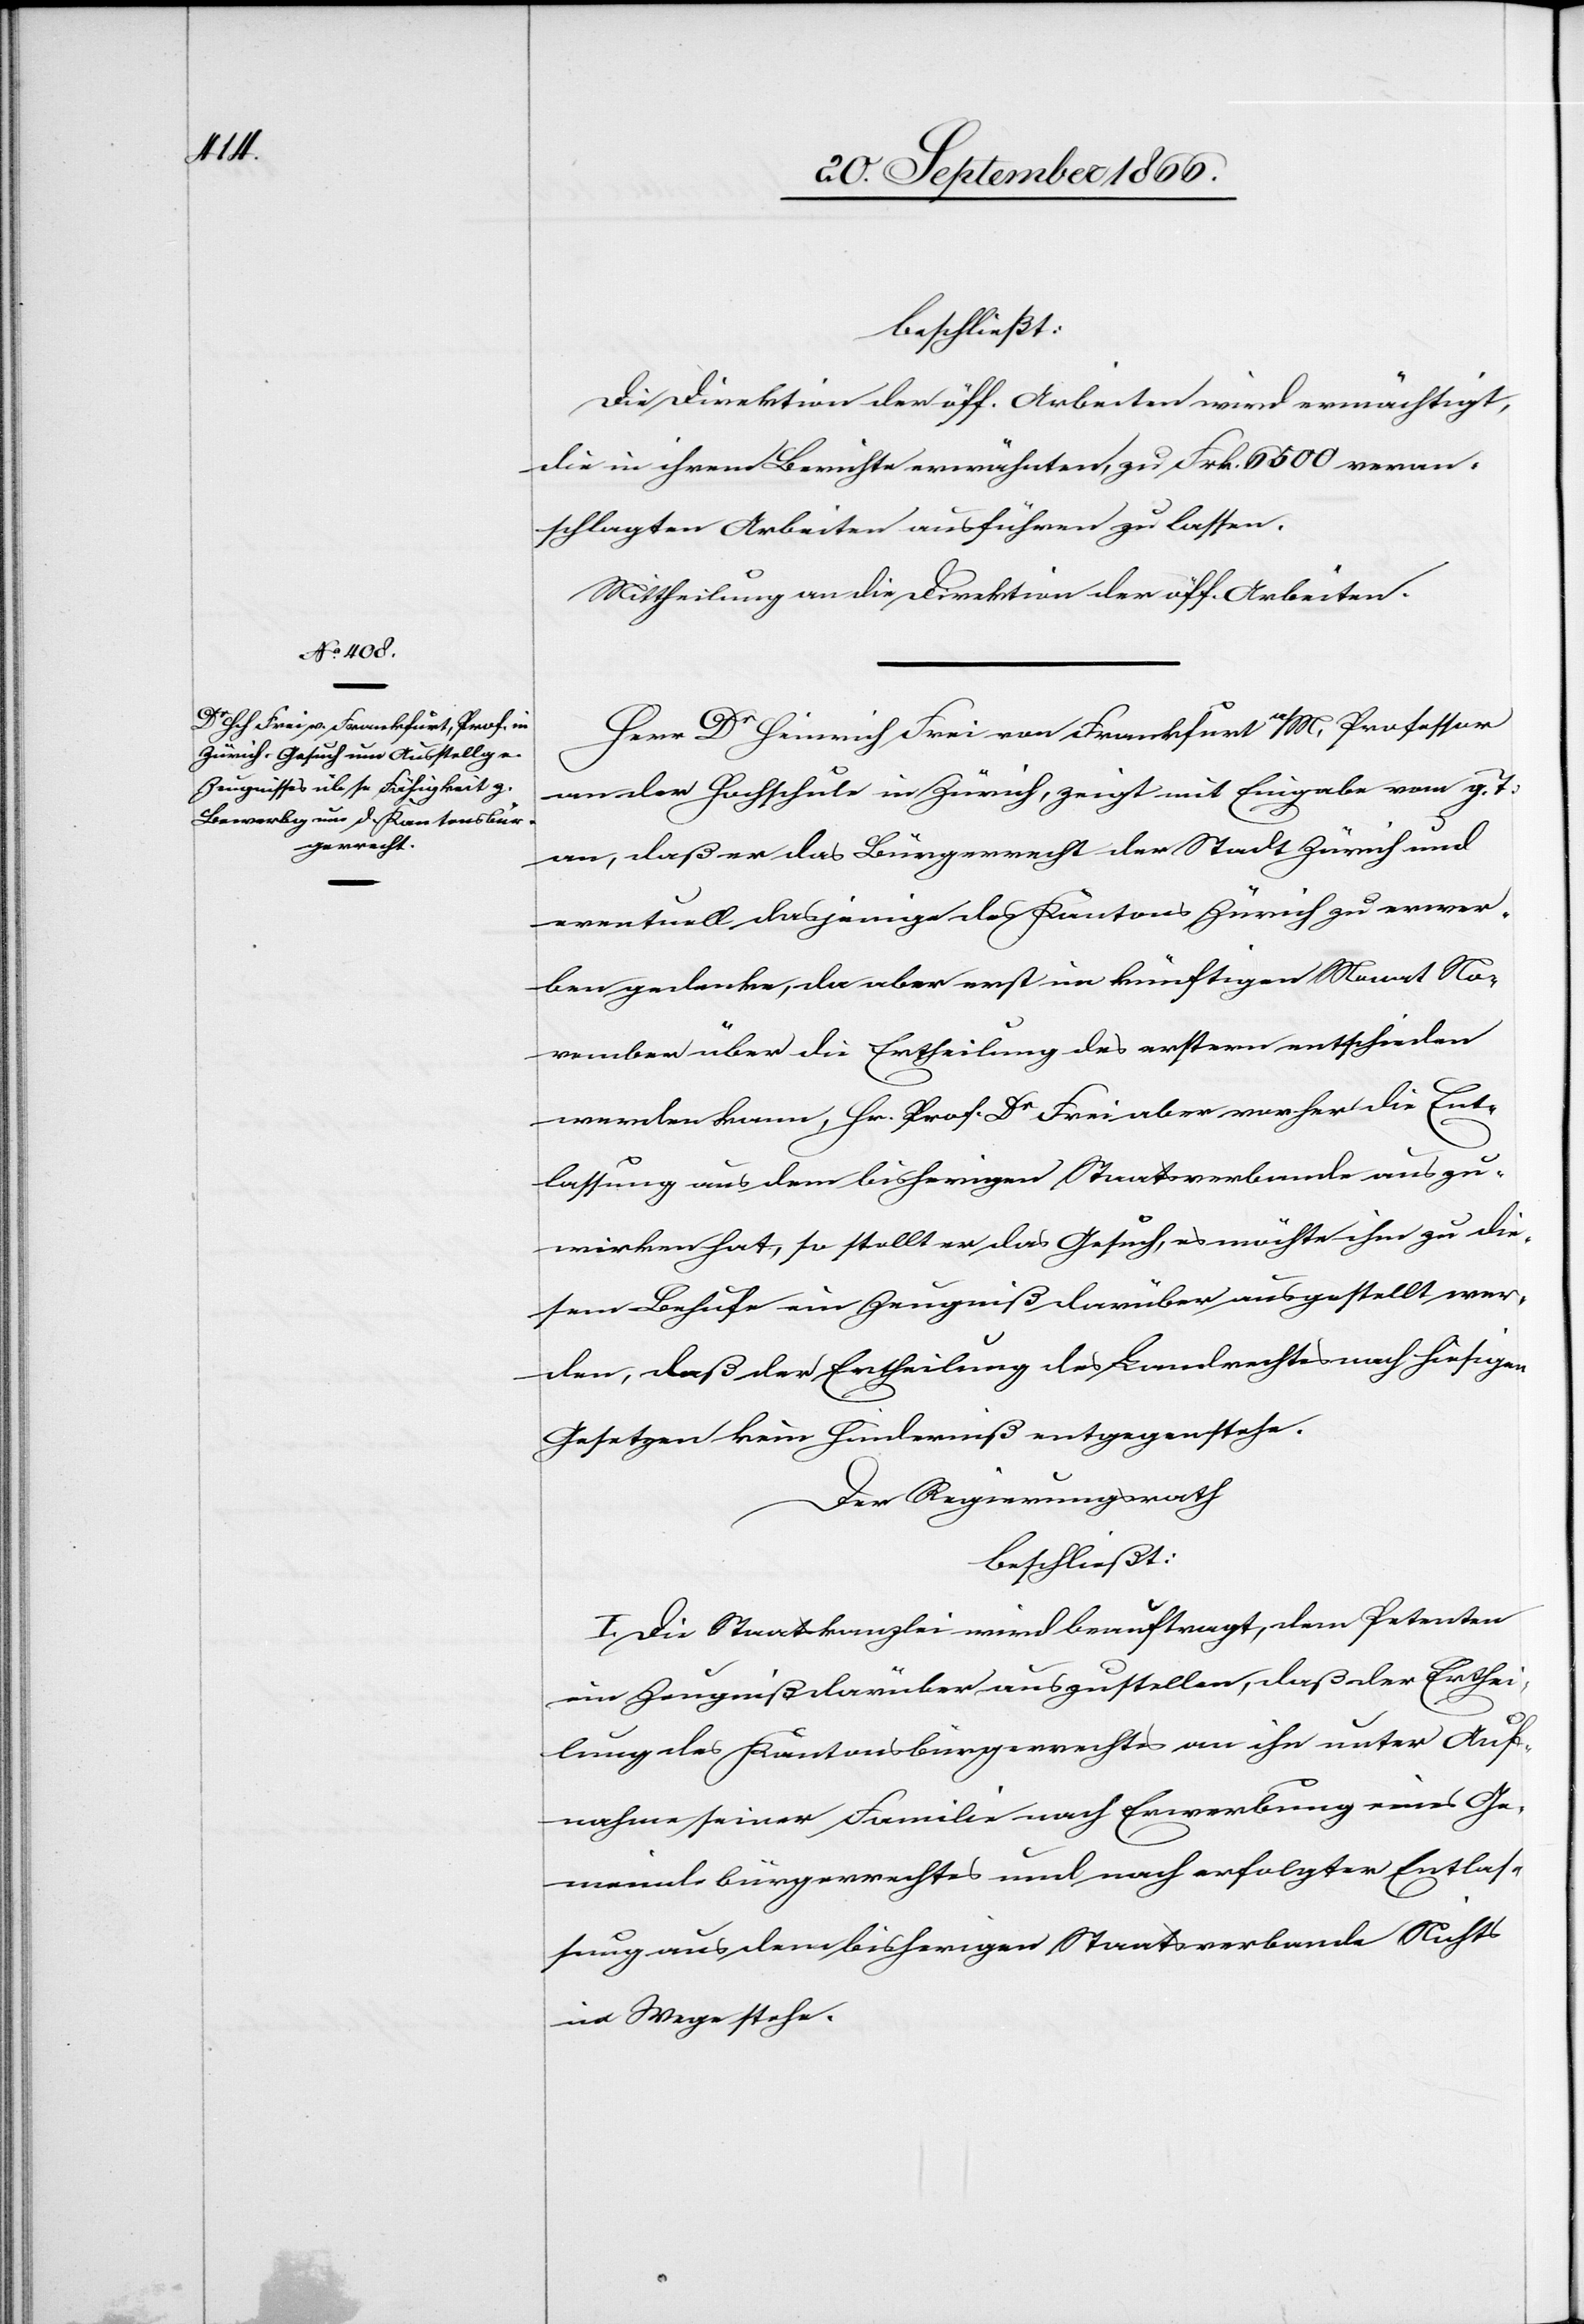
beschließt:
Die Direktion der öff. Arbeiten wird ermächtigt,
die in ihrem Berichte erwähnten, zu Frk. 6500 veran¬
schlagten Arbeiten ausführen zu lassen.
Mittheilung an die Direktion der öff. Arbeiten.
Herr Dr Heinrich Frei von Frankfurt a/M, Professor
an der Hochschule in Zürich, zeigt mit Eingabe vom g. T.
an, daß er das Bürgerrecht der Stadt Zürich und
eventuell dasjenige des Kantons Zürich zu erwer¬
ben gedenke, da aber erst im künftigen Monat No¬
vember über die Ertheilung des erstern entschieden
werden kann, Hr. Prof. Dr Frei aber vorher die Ent¬
lassung aus dem bisherigen Staatsverbande auszu¬
wirken hat, so stellt er das Gesuch, es möchte ihm zu die¬
sem Behufe ein Zeugniß darüber ausgestellt wer¬
den, daß der Ertheilung des Landrechtes nach hiesigen
Gesetzen kein Hinderniß entgegensteht.
Der Regierungsrath,
beschließt:
I. Die Staatskanzlei wird beauftragt, dem Petenten
ein Zeugniß darüber auszustellen, daß der Erthei¬
lung des Kantonsbürgerrechtes an ihn unter Auf¬
nahme seiner Familie nach Erwerbung eines Ge¬
meindebürgerrechtes und nach erfolgter Entlas¬
sung aus dem bisherigen Staatsverbande Nichts
im Wege stehe.